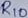
Text: R1n